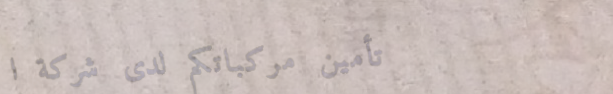
تأمين مركباتكم لدى شركة ا